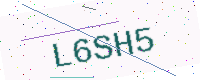
Text: L6SH5